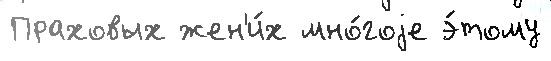
Праховых жен'и́х мно́гоjе э́тому